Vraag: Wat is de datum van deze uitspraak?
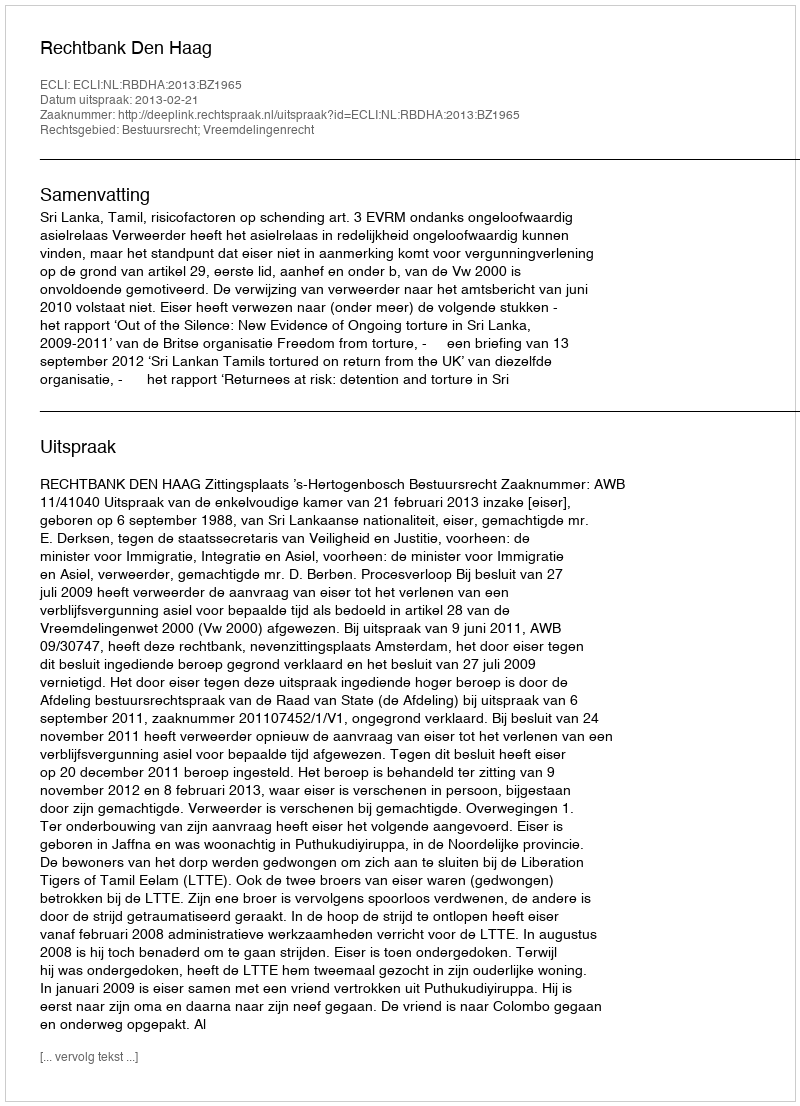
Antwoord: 2013-02-21